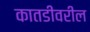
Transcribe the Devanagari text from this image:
कातडीवरील